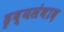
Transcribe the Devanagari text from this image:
हृद्यसंवाद